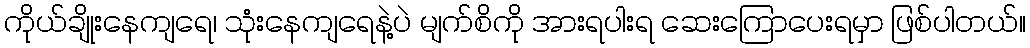
ကိုယ်ချိုးနေကျရေ၊ သုံးနေကျရေနဲ့ပဲ မျက်စိကို အားရပါးရ ဆေးကြောပေးရမှာ ဖြစ်ပါတယ်။